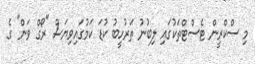
މި ސްކްރީން ޓެސްޓްތަކުގައި ލިބުނު ތަރުހީބު ކުޑަ ކަމުގައިވިޔަސް "ރޯގް ވަން" ގެ